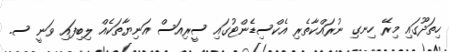
ހިތަދޫގައި މިރޭ ހިނގި ނުރައްކާތެރި އެކްސިޑެންޓުގައި ސީރިއަސް އަނިޔާތަކެއް ލިބިފައި ވަނީ ސ.